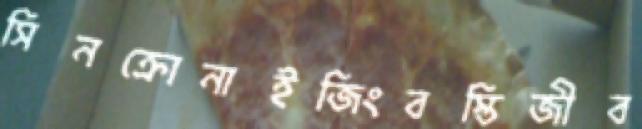
সিনক্রোনাইজিংবস্তিজীব